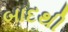
બાદથી